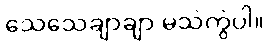
သေသေချာချာ မသဲကွဲပါ။